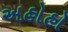
અહોહો